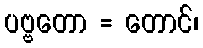
ပဗ္ဗတော = တောင်၊